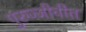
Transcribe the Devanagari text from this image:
पुरुज्जीवीत